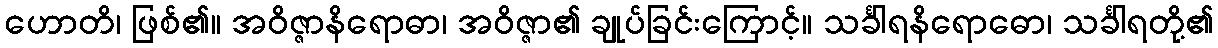
ဟောတိ၊ ဖြစ်၏။ အဝိဇ္ဇာနိရောဓာ၊ အဝိဇ္ဇာ၏ ချုပ်ခြင်းကြောင့်။ သင်္ခါရနိရောဓော၊ သင်္ခါရတို့၏